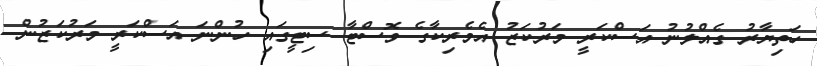
ހަތިޔާރު ގެއްލުނު އަސްކަރީ މަރުކަޒު އެމެރިކާގެ ވޮސްޓާ ސިޓީގައި ހުންނަ އަސްކަރީ މަރުކަޒުން